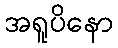
အရူပိနော